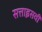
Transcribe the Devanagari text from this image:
सत्ताइसवीं